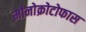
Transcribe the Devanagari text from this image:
मोनोक्रोटोफास